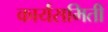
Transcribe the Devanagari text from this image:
कार्यसमिती